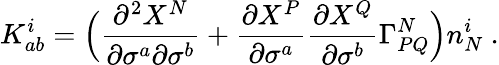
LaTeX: K_{ab}^{i}=\Bigl(\frac{\partial^{2}X^{N}}{\partial\sigma^{a}\partial\sigma^{b}}+\frac{\partial X^{P}}{\partial\sigma^{a}}\frac{\partial X^{Q}}{\partial\sigma^{b}}\Gamma_{PQ}^{N}\Bigr)n_{N}^{i}~.